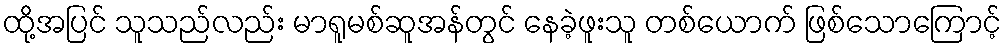
ထို့အပြင် သူသည်လည်း မာရူမစ်ဆူအန်တွင် နေခဲ့ဖူးသူ တစ်ယောက် ဖြစ်သောကြောင့်